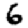
Digit: 6